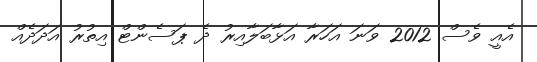
އެއީ ވެސް 2012 ވަނަ އަހަރާ އަޅާބަލާއިރު ދެ ޕަސެންޓް އިތުރު އަދަދެއް